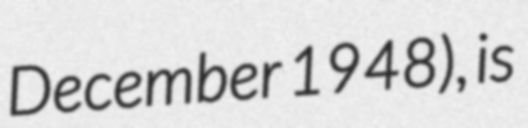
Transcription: December 1948), is